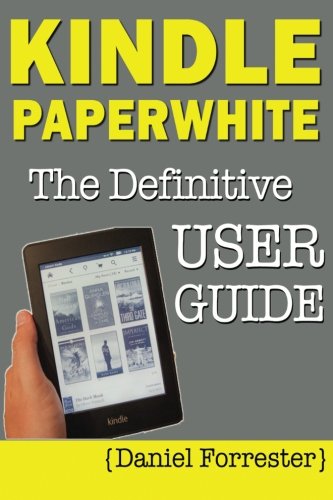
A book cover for Kindle Paperwhite Manual: The Definitive User Guide For Mastering Your Kindle Paperwhite; Daniel Forrester; Computers & Technology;